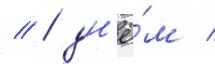
// / дн'ё́м /